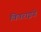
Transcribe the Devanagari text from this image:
विवराइडे